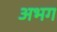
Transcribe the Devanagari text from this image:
अभग